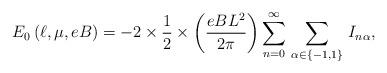
LaTeX: \begin{align*}E_{0}\left( \ell ,\mu ,eB\right) =-2\times \frac{1}{2}\times \left( \frac{eBL^{2}}{2\pi }\right) \sum _{n=0}^{\infty }\, \sum _{\alpha \in \left\{ -1,1\right\} }\, I_{n\alpha },\end{align*}